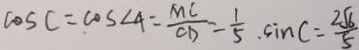
\cos C = \cos \angle 4 = \frac { M C } { C D } = \frac { 1 } { 5 } . \sin C = \frac { 2 \sqrt { 6 } } { 5 }